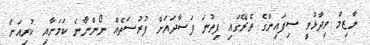
ނާޒިމް ވިދާޅުވީ ސިފައިންގެ ތެރޭގައި ފިތުނަ ފަސާދައަށް ފުރުސަތެއް ނޯންނާނެ ކަމަށާއި ކުރިއަށް